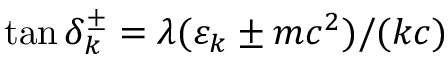
\tan \delta _ { k } ^ { \pm } = \ensuremath { \lambda } ( \varepsilon _ { k } \pm m c ^ { 2 } ) / ( k c )